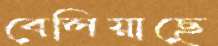
বেলিয়াছে